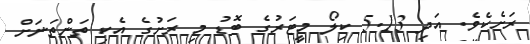
ރަށެކެވެ. އަދި 5.13 ކިލޯ މީޓަރުގެ ބޮޑު މި ރަށުގެ އެކި ތަންތަނަށް